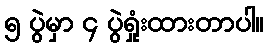
၅ ပွဲမှာ ၄ ပွဲရှုံးထားတာပါ။